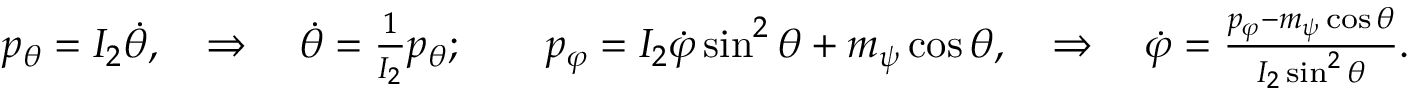
\begin{array} { r } { p _ { \theta } = I _ { 2 } \dot { \theta } , \quad \Rightarrow \quad \dot { \theta } = \frac { 1 } { I _ { 2 } } p _ { \theta } ; \qquad p _ { \varphi } = I _ { 2 } \dot { \varphi } \sin ^ { 2 } \theta + m _ { \psi } \cos \theta , \quad \Rightarrow \quad \dot { \varphi } = \frac { p _ { \varphi } - m _ { \psi } \cos \theta } { I _ { 2 } \sin ^ { 2 } \theta } . } \end{array}